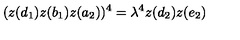
( z ( d _ { 1 } ) z ( b _ { 1 } ) z ( a _ { 2 } ) ) ^ { 4 } = \lambda ^ { 4 } z ( d _ { 2 } ) z ( e _ { 2 } )